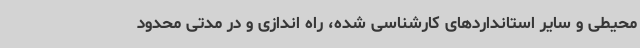
محیطی و سایر استانداردهای کارشناسی شده، راه اندازی و در مدتی محدود